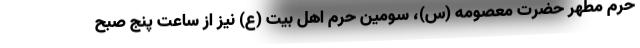
حرم مطهر حضرت معصومه (س)، سومین حرم اهل بیت (ع) نیز از ساعت پنج صبح